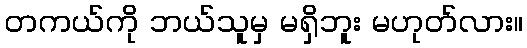
တကယ်ကို ဘယ်သူမှ မရှိဘူး မဟုတ်လား။